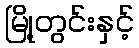
မြို့တွင်းနှင့်